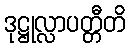
ဒုဋ္ဌုလ္လာပတ္တီတိ